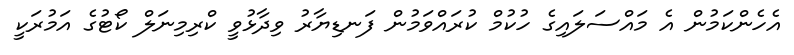
އެހެންކަމުން އެ މައްސަލައިގެ ހުކުމް ކުރައްވަމުން ފަނޑިޔާރު ވިދާޅުވީ ކްރިމިނަލް ކޯޓުގެ އަމުރަކީ